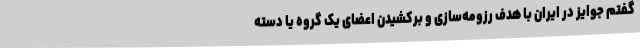
گفتم جوایز در ایران با هدف رزومه‌سازی و برکشیدن اعضای یک گروه یا دسته